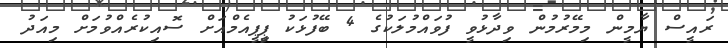
ރައީސް ޔާމީން މިމޭރުމުން ވިދާޅުވީ ފުވައްމުލަކުގެ 4 ބޭފުޅަކު ޕީިޕީއެމްއަށް ސޮއިކުރެއްވުމަށް މިއަދު